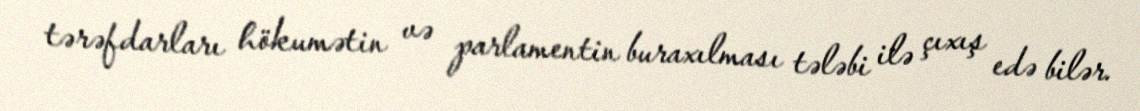
tərəfdarları hökumətin və parlamentin buraxılması tələbi ilə çıxış edə bilər.